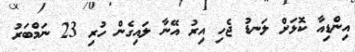
އިންޑިއާ ކޮޅަށް ލަނޑު ޖެހި އިރު އޭނާ ލައިގެން ހުރި 23 ނަމްބަރު